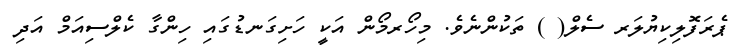
ޕެރަފޮލިކިޔުލަރ ސެލް( ) ތަކުންނެވެ. މިހޯރމޯން އަކީ ހަށިގަނޑުގައި ހިންގާ ކެލްސިއަމް އަދި